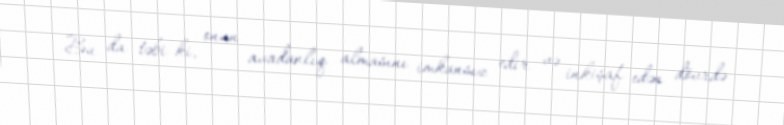
Bu da təbi ki, onun avadanlıq almasını imkansız edir və inkişaf edən dövrdə